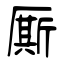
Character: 厮